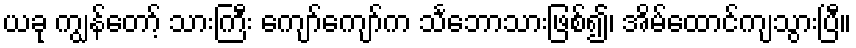
ယခု ကျွန်တော့် သားကြီး ကျော်ကျော်က သင်္ဘောသားဖြစ်၍၊ အိမ်ထောင်ကျသွားပြီ။